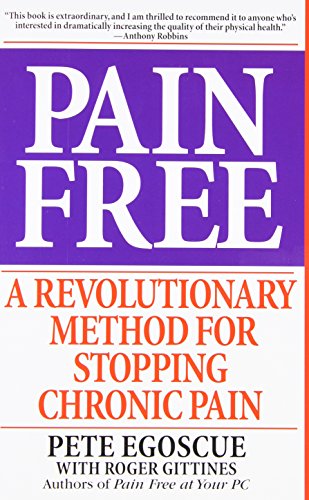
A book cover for Pain Free: A Revolutionary Method for Stopping Chronic Pain; Pete Egoscue; Health, Fitness & Dieting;